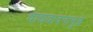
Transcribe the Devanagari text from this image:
वाद्यवादनामुळे